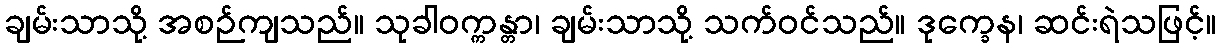
ချမ်းသာသို့ အစဉ်ကျသည်။ သုခါဝက္ကန္တာ၊ ချမ်းသာသို့ သက်ဝင်သည်။ ဒုက္ခေန၊ ဆင်းရဲသဖြင့်။